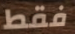
فقط